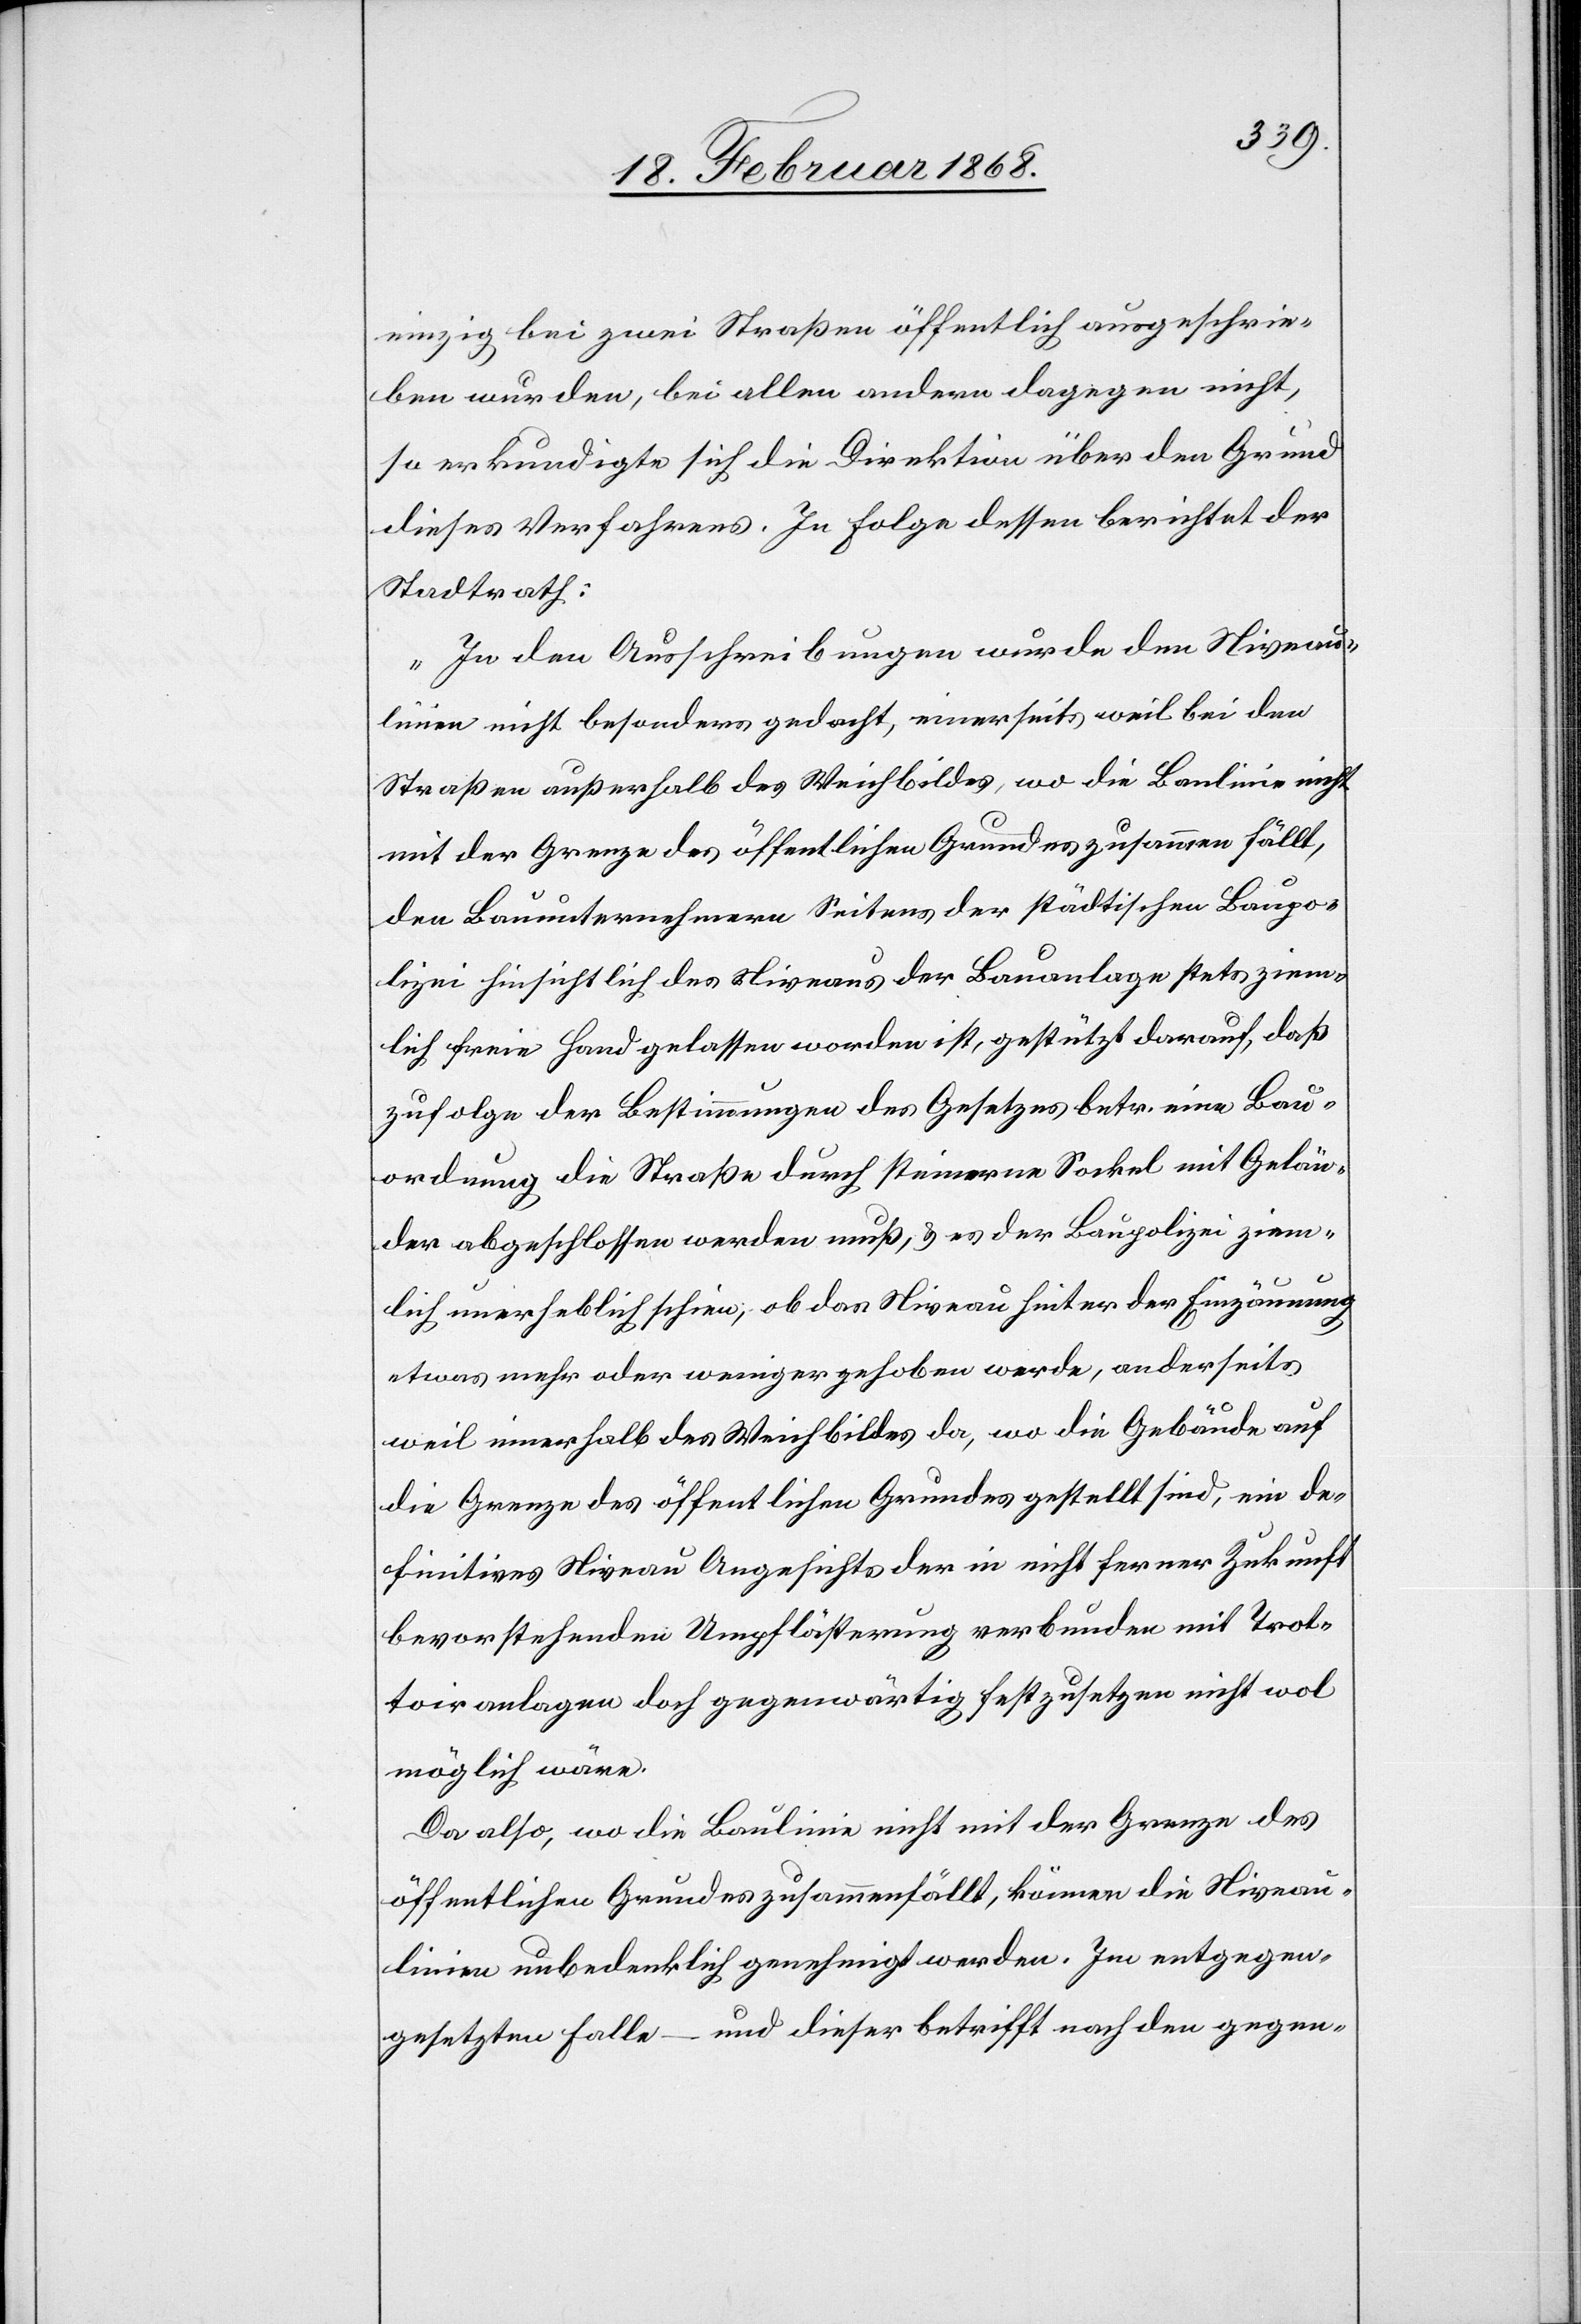
einzig bei zwei Straßen öffentlich ausgeschrie¬
ben wurden, bei allen andern dagegen nicht,
so erkundigte sich die Direktion über den Grund
dieses Verfahrens. In Folge dessen berichtet der
Stadtrath:
„In den Ausschreibungen wurde den Niveau¬
linien nicht besonders gedacht, einerseits weil bei den
Straßen außerhalb des Weichbildes, wo die Baulinie nicht
mit der Grenze des öffentlichen Grundes zusammen fällt,
den Bauunternehmern Seitens der städtischen Baupo¬
lizei hinsichtlich des Niveaus der Bauanlage stets ziem¬
lich freie Hand gelassen worden ist, gestützt darauf, daß
zufolge der Bestimmungen des Gesetzes betr. eine Bau¬
ordnung die Straße durch steinerne Sockel mit Gelän¬
der abgeschlossen werden muß, & es der Baupolizei ziem¬
lich unerheblich schien, ob das Niveau hinter der Einzäunung
etwas mehr oder weniger gehoben werde, anderseits
weil innerhalb des Weichbildes da, wo die Gebäude auf
die Grenze des öffentlichen Grundes gestellt sind, ein de¬
finitives Niveau Angesichts der in nicht ferner Zukunft
bevorstehenden Umpflästerung verbunden mit Trot¬
toiranlagen doch gegenwärtig festzusetzen nicht wol
möglich wäre.
Da also, wo die Baulinie nicht mit der Grenze des
öffentlichen Grundes zusammenfällt, können die Niveau¬
linien unbedenklich genehmigt werden. Im entgegen¬
gesetzten Falle – und dieser betrifft nach den gegen-